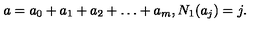
a = a _ { 0 } + a _ { 1 } + a _ { 2 } + \dots + a _ { m } , N _ { 1 } ( a _ { j } ) = j .